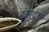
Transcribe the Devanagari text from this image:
कोर्थ्रेाा